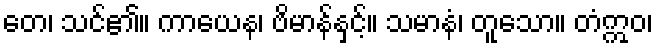
တေ၊ သင်၏။ ကာယေန၊ ဗိမာန်နှင့်။ သမာနံ၊ တူသော။ တံဣဝ၊